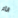
الأم